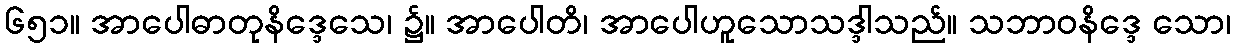
၆၅၁။ အာပေါဓာတုနိဒ္ဒေသေ၊ ၌။ အာပေါတိ၊ အာပေါဟူသောသဒ္ဒါသည်။ သဘာဝနိဒ္ဒေ သော၊